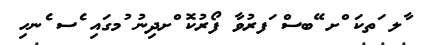
ާލ ަތކަ ްށ ޭބސް ަފރުވާ ފޯރުކޮ ްށދިނު ުމގައި ެސ ެނހި